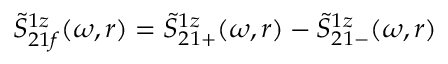
\tilde { S } _ { 2 1 f } ^ { 1 z } ( \omega , r ) = \tilde { S } _ { 2 1 + } ^ { 1 z } ( \omega , r ) - \tilde { S } _ { 2 1 - } ^ { 1 z } ( \omega , r )